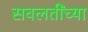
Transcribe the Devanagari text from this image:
सवलतींच्या